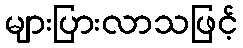
များပြားလာသဖြင့်